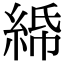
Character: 𦀦